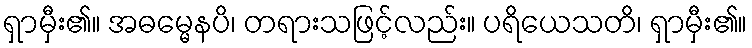
ရှာမှီး၏။ အဓမ္မေနပိ၊ တရားသဖြင့်လည်း။ ပရိယေသတိ၊ ရှာမှီး၏။